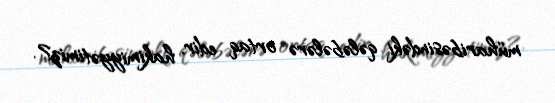
müharibəsindəki qələbələrə ortaq edir, hakimiyyətimiz?.